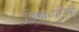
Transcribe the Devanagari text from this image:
विद्यार्थ्यापैकी